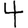
Digit: 4